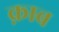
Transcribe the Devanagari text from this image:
क़ाब